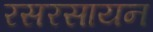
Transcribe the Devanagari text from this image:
रसरसायन